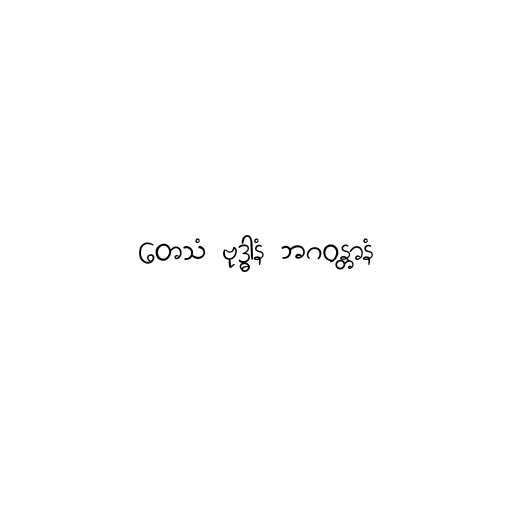
တေသံ ဗုဒ္ဓါနံ ဘဂဝန္တာနံ